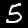
Digit: 5